Lunatic asylums United Prov. 1922-30 - 1922-1930
Year: 1922
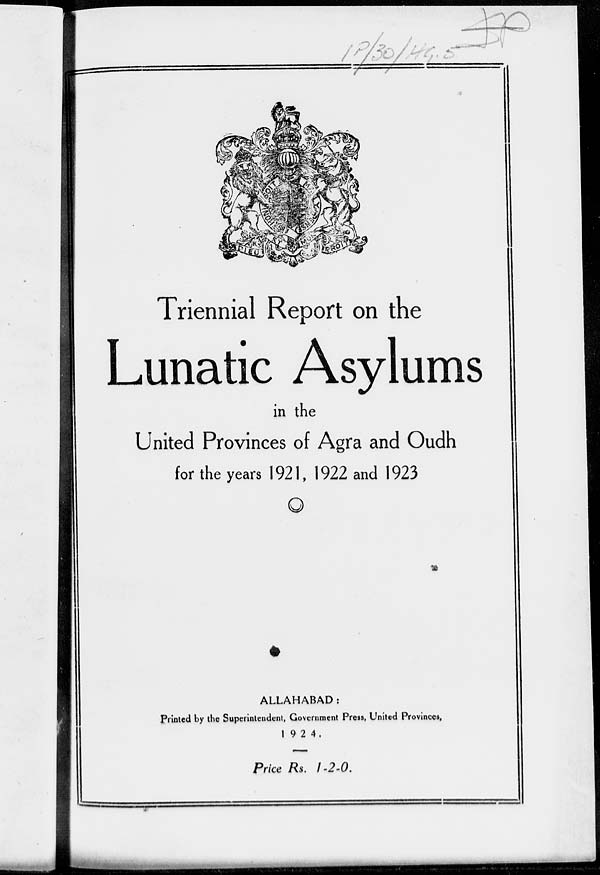
Triennial Report on the
Lunatic Asylums
in the
United Provinces of Agra and Oudh
for the years 1921, 1922 and 1923
ALLAHABAD:
Printed by the Superintendent, Government Press, United Provinces,
1924.
Price Rs. 1-2-0.